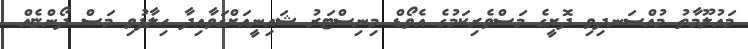
މައުލޫމާތު މުއްސަނދިވި ދޮށީގެ މަސްވެރިކަމުގެ އެވޯޑް މިނިސްޓަރު ޝައިނީއަށްގަވާއިދާ ހިލާފުވި މަސް ދޯންޏެއް